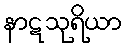
နာဋသုရိယာ